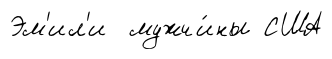
Эм'ил'и мужчи́ны США